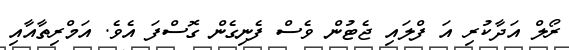
ރޯލް އަދާކުރި އަ ފްލައި ޖެޓުން ވެސް ފެނިގެން ގޮސްފަ އެވެ. އަމްރިތާއާއި